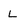
Character: L